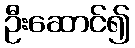
ဦးဆောင်၍